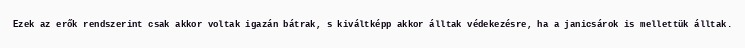
Ezek az erők rendszerint csak akkor voltak igazán bátrak, s kiváltképp akkor álltak védekezésre, ha a janicsárok is mellettük álltak.